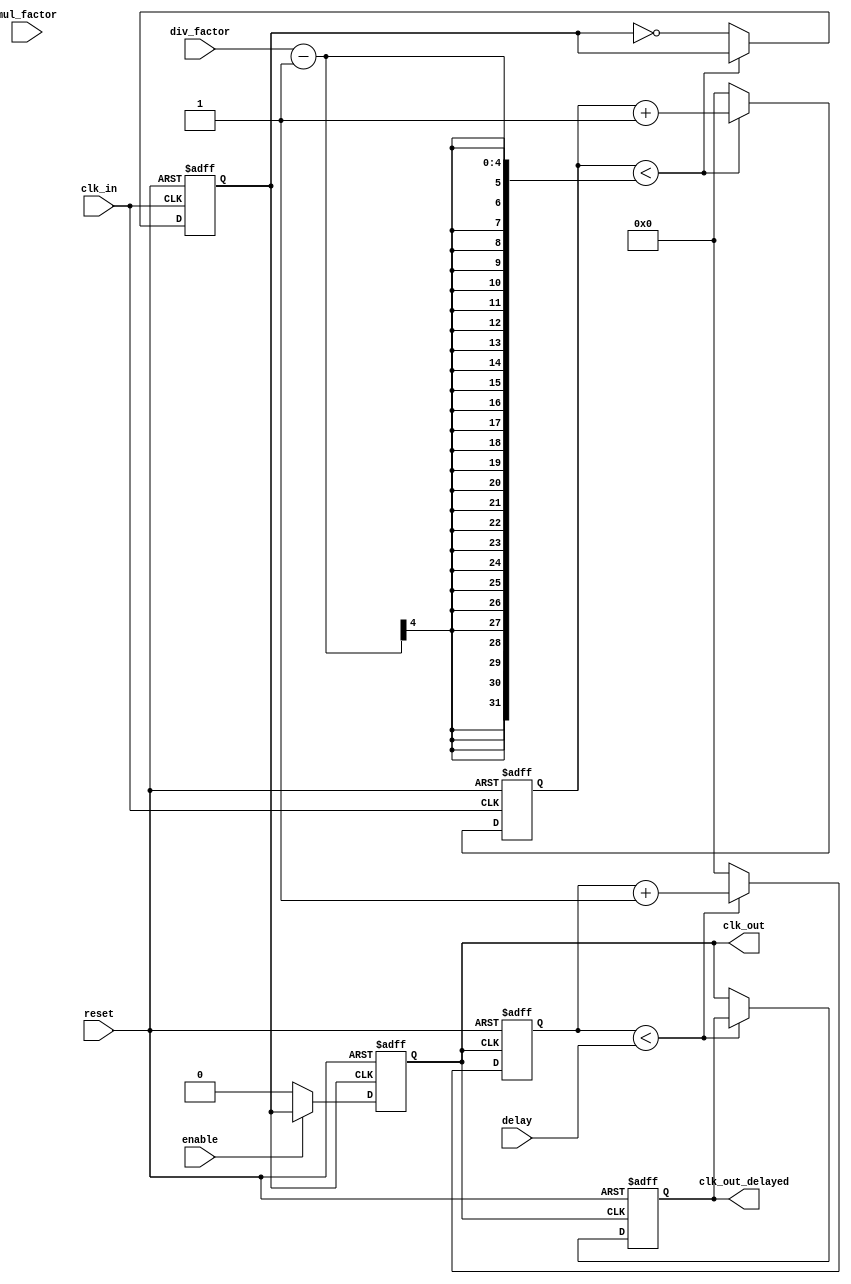
module ProgrammableClockBuffer (
    input wire clk_in,               // Primary clock input
    input wire [3:0] div_factor,     // Division factor for clock output
    input wire [3:0] mul_factor,     // Multiplication factor for clock output
    input wire [3:0] delay,          // Delay setting for clock output
    input wire enable,                // Enable signal for the output clock
    input wire reset,                 // Asynchronous reset
    output reg clk_out,               // Output clock signal
    output reg clk_out_delayed        // Delayed output clock signal
);

    // Internal signals
    reg [3:0] counter;                // Counter for clock division
    reg clk_div;                      // Divided clock signal
    reg [3:0] delay_counter;          // Counter for delay

    // Clock division and multiplication
    always @(posedge clk_in or posedge reset) begin
        if (reset) begin
            counter <= 4'b0;
            clk_div <= 1'b0;
        end else begin
            if (counter < div_factor - 1) begin
                counter <= counter + 1;
            end else begin
                counter <= 4'b0;
                clk_div <= ~clk_div; // Toggle divided clock
            end
        end
    end

    // Clock multiplication
    always @(posedge clk_div or posedge reset) begin
        if (reset) begin
            clk_out <= 1'b0;
        end else if (enable) begin
            clk_out <= clk_div; // Output clock after division
        end else begin
            clk_out <= 1'b0; // Disable output clock
        end
    end

    // Delay control
    always @(posedge clk_out or posedge reset) begin
        if (reset) begin
            delay_counter <= 4'b0;
            clk_out_delayed <= 1'b0;
        end else if (delay_counter < delay) begin
            delay_counter <= delay_counter + 1;
        end else begin
            clk_out_delayed <= clk_out; // Output delayed clock
            delay_counter <= 4'b0; // Reset delay counter
        end
    end

endmodule